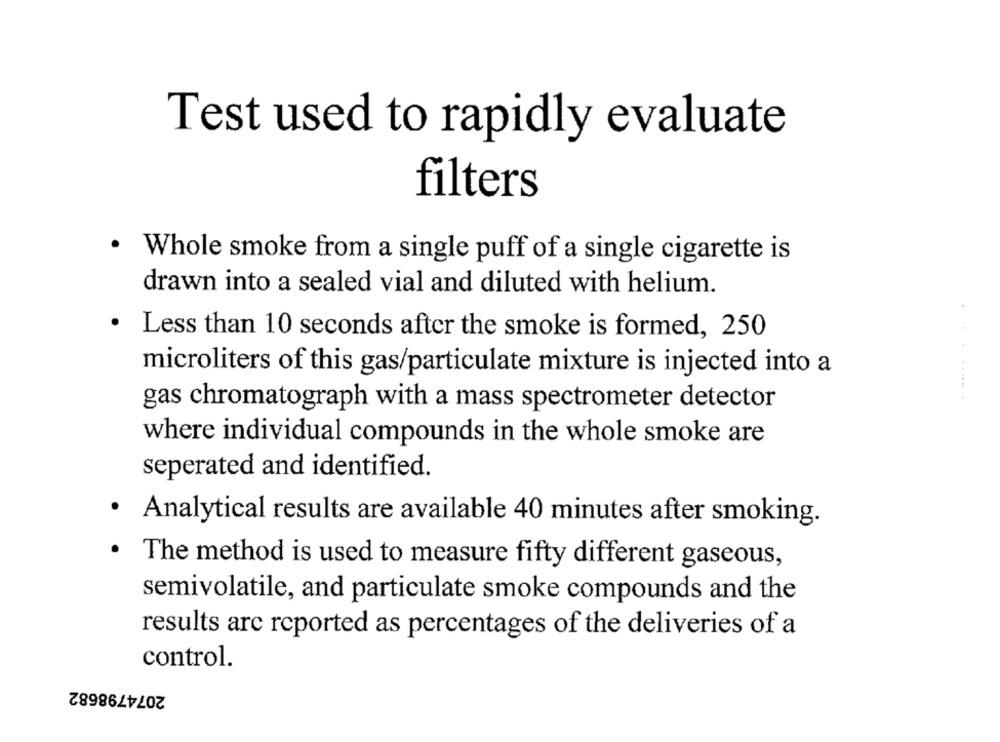
Test used to rapidly evaluate
filters
· Whole smoke from a single puff of a single cigarette is
drawn into a sealed vial and diluted with helium.
· Less than 10 seconds after the smoke is formed, 250
microliters of this gas/particulate mixture is injected into a
gas chromatograph with a mass spectrometer detector
where individual compounds in the whole smoke are
seperated and identified.
· Analytical results are available 40 minutes after smoking.
· The method is used to measure fifty different gaseous,
semivolatile, and particulate smoke compounds and the
results are reported as percentages of the deliveries of a
control.
2074798682